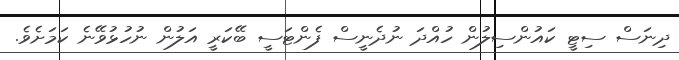
ދިނަސް ސިޓީ ކައުންސިލުން ހުއްދަ ނުދެނީސް ފެންޓަސީ ބޭކަރީ އަލުން ނުހުޅުވޭނެ ކަމަށެވެ.